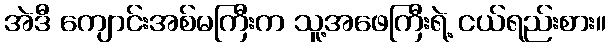
အဲဒီ ကျောင်းအစ်မကြီးက သူ့အဖေကြီးရဲ့ ငယ်ရည်းစား။